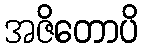
အဇိတောပိ